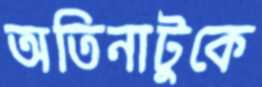
অতিনাটুকে